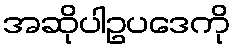
အဆိုပါဥပဒေကို